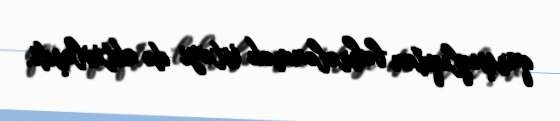
qarışıqlıqdan bəhrələnmək istəyi də aktivləşdi.